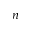
n